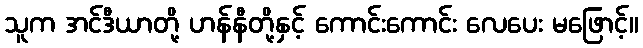
သူက အင်ဒီယာတို့ ဟန်နီတို့နှင့် ကောင်းကောင်း လေပေး မဖြောင့်။